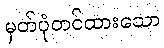
မှတ်ပုံတင်ထားသော